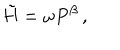
\tilde { H } = \omega P ^ { \beta } \, ,